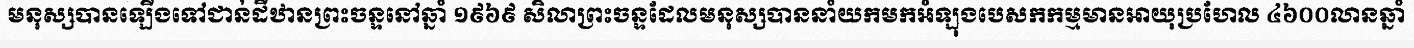
មនុស្សបានឡើងទៅជាន់ដីឋានព្រះចន្ទនៅឆ្នាំ ១៩៦៩ សិលាព្រះចន្ទដែលមនុស្សបាននាំយកមកអំឡុងបេសកកម្មមានអាយុប្រហែល ៤៦០០លានឆ្នាំ